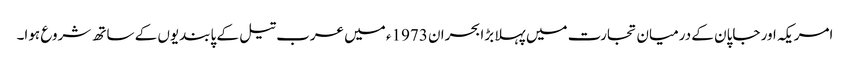
امریکہ اور جاپان کے درمیان تجارت میں پہلا بڑا بحران 1973ء میں عرب تیل کے پابندیوں کے ساتھ شروع ہوا۔